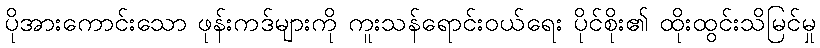
ပိုအားကောင်းသော ဖုန်းကဒ်များကို ကူးသန်ရောင်းဝယ်ရေး ပိုင်စိုး၏ ထိုးထွင်းသိမြင်မှု